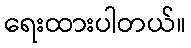
ရေးထားပါတယ်။